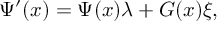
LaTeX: \Psi ^ { \prime } ( x ) = \Psi ( x ) \lambda + G ( x ) \xi ,